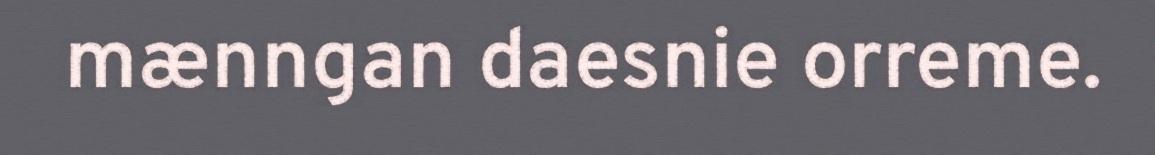
mænngan daesnie orreme.